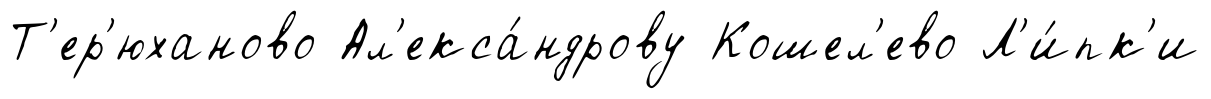
Т'ер'юханово Ал'екса́ндрову Кошел'ево Л'и́пк'и